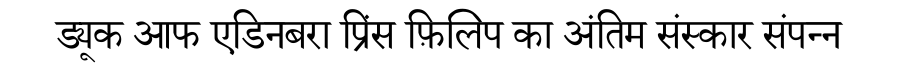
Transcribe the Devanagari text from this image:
ड्यूक आफ एडिनबरा प्रिंस फ़िलिप का अंतिम संस्कार संपन्न